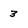
Character: 3